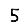
Digit: 5